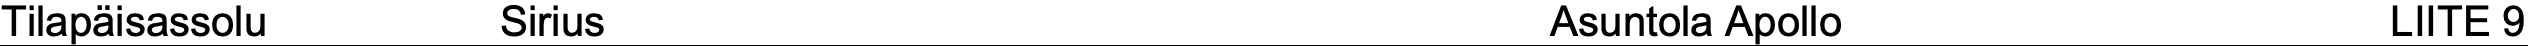
Tilapäisassolu  Sirius                             Asuntola Apollo             LIITE 9